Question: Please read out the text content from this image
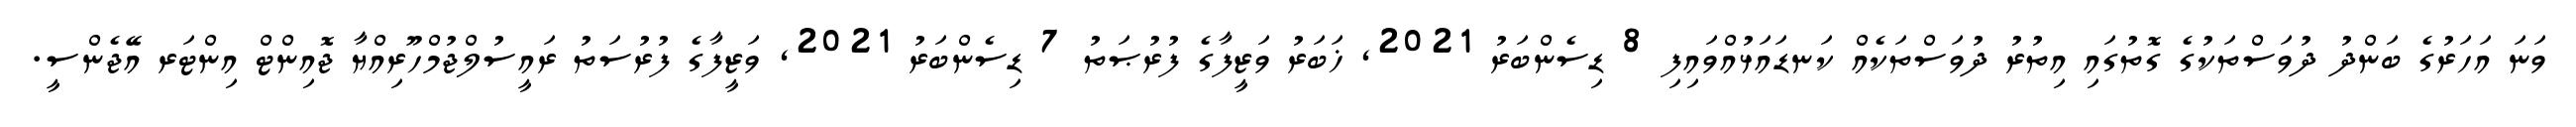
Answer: ވަނަ އަހަރުގެ ބަންދު ދުވަސްތަކުގެ ގޮތުގައި އިތުރު ދުވަސްތަކެއް ކަނޑައަޅުއްވައިފި 8 ޑިސެންބަރު 2021, ޚަބަރު ވަޒީފާގެ ފުރުޞަތު 7 ޑިސެންބަރު 2021, ވަޒީފާގެ ފުރުސަތު ރައީސުލްޖުމްހޫރިއްޔާ ޖޮއިންޓް އިންޓަރ އޭޖެންސީ.